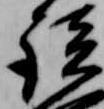
談